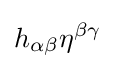
h_{\alpha \beta }\eta ^{\beta \gamma }